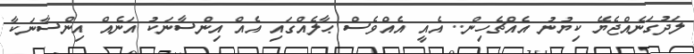
ލަދުގަނެއްޖެޔޭ ކިޔުނު އެއްޗެހިން.. އެއީ އެއްވެސް ޙާލެއްގައި އެއް އިންސާނަކު އަނެއް އިންސާނަކާ